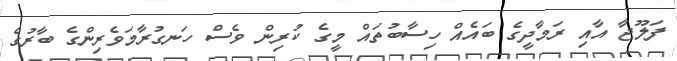
ފަލޫޖާ އާއި ރަމާދީގެ ބައެއް ހިސާބުތައް މީގެ ކުރިން ވެސް ހަނގުރާމަވެރިންގެ ބާރުގެ